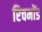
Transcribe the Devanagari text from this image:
रिचमोंड